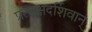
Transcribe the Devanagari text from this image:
प्रत्यक्षदर्शिवान्